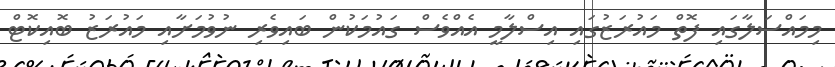
މިމައްސަލާގައި ފޮތް މައުރަޒުގައި އިސްލާމީ އެއްވެސް ގައުމަކުން ބައިވެރި ނުވުމަށާއި މައުރަޒު ބޮއިކޮޓް